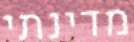
מדינתי